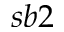
s b 2